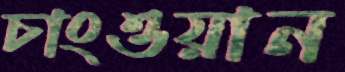
চাংওয়ান